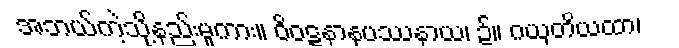
အဘယ်ကဲ့သို့နည်းမူကား။ ဝိဝဋ္ဋနာနုပဿနာယ၊ ၌။ ဂယှတိယထာ၊